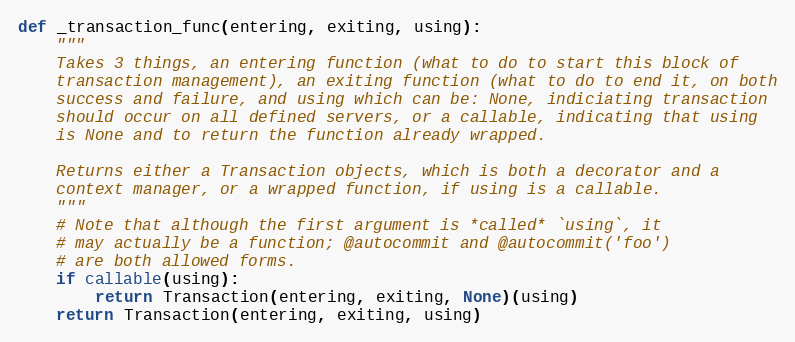
Language: Python
def _transaction_func(entering, exiting, using):
    """
    Takes 3 things, an entering function (what to do to start this block of
    transaction management), an exiting function (what to do to end it, on both
    success and failure, and using which can be: None, indiciating transaction
    should occur on all defined servers, or a callable, indicating that using
    is None and to return the function already wrapped.

    Returns either a Transaction objects, which is both a decorator and a
    context manager, or a wrapped function, if using is a callable.
    """
    # Note that although the first argument is *called* `using`, it
    # may actually be a function; @autocommit and @autocommit('foo')
    # are both allowed forms.
    if callable(using):
        return Transaction(entering, exiting, None)(using)
    return Transaction(entering, exiting, using)